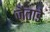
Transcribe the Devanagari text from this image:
जैताडे